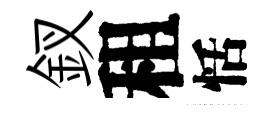
釵租恬